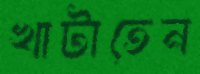
খাটাতেন